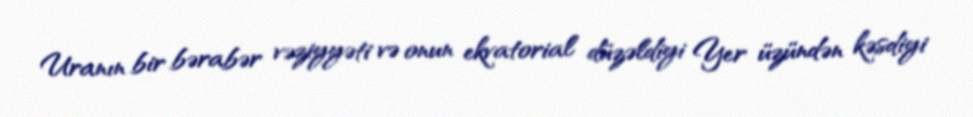
Uranın bir bərabər vəziyyəti və onun ekvatorial düzəldiyi Yer üzündən kəsdiyi